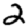
Digit: 2